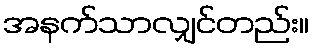
အနက်သာလျှင်တည်း။